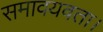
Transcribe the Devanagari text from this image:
समावयवता।